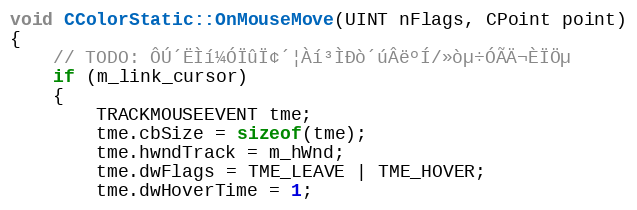
Language: C++
void CColorStatic::OnMouseMove(UINT nFlags, CPoint point)
{
	// TODO: ÔÚ´ËÌí¼ÓÏûÏ¢´¦Àí³ÌÐò´úÂëºÍ/»òµ÷ÓÃÄ¬ÈÏÖµ
	if (m_link_cursor)
	{
		TRACKMOUSEEVENT tme;
		tme.cbSize = sizeof(tme);
		tme.hwndTrack = m_hWnd;
		tme.dwFlags = TME_LEAVE | TME_HOVER;
		tme.dwHoverTime = 1;